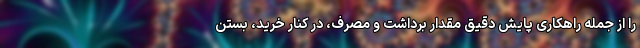
را از جمله راهکاری پایش دقیق مقدار برداشت و مصرف، در کنار خرید، بستن